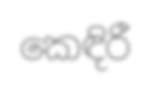
කෙඳිරී